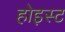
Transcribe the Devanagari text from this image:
होइस्ट